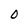
Character: 0